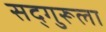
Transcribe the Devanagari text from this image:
सद्‌गुरूला